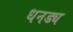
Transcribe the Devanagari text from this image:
धनड्य